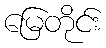
မြေတိုင်း